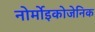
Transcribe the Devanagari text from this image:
नोर्मोइकोजेनिक